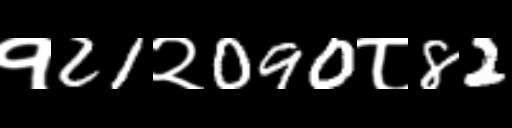
Text: १21२090८82